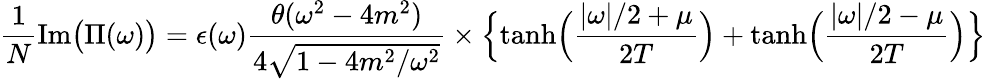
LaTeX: \frac{1}{N}\mathrm{Im}\bigl(\Pi(\omega)\bigr)=\epsilon(\omega){\frac{\theta(\omega^{2}-4m^{2})}{4\sqrt{1-4m^{2}/\omega^{2}}}}\times\Bigl\{ \operatorname{tanh}\Bigl({\frac{|\omega|/2+\mu}{2T}}\Bigr)+\operatorname{tanh}\Bigl({\frac{|\omega|/2-\mu}{2T}}\Bigr)\Bigr\}